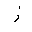
Letter: _zay